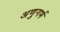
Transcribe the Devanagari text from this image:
अणुगर्भ